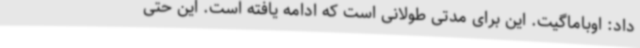
داد: اوباماگیت. این برای مدتی طولانی است که ادامه یافته است. این حتی